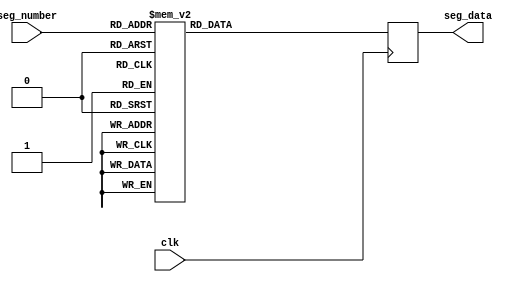
module seven_seg(clk, seg_number, seg_data);
input  clk;
input  [3:0]seg_number;
output reg [7:0]seg_data;

always@(posedge clk) 
begin  
	case(seg_number)
		4'd0:seg_data <= 8'b1100_0000;
		4'd1:seg_data <= 8'b1111_1001;
		4'd2:seg_data <= 8'b1010_0100;
		4'd3:seg_data <= 8'b1011_0000;
		4'd4:seg_data <= 8'b1001_1001;
		4'd5:seg_data <= 8'b1001_0010;
		4'd6:seg_data <= 8'b1000_0010;
		4'd7:seg_data <= 8'b1101_1000;
		4'd8:seg_data <= 8'b1000_0000;
		4'd9:seg_data <= 8'b1001_0000;
		4'd10:seg_data <= 8'b1111_1111;
		4'd11:seg_data <= 8'b1010_1011; // n
		4'd12:seg_data <= 8'b1000_0110; // e
		4'd13:seg_data <= 8'b1000_1100; // p
		4'd14:seg_data <= 8'b1010_0011; // o
		4'd15:seg_data <= 8'b1111_1111;
		default: seg_data <= seg_data;
	endcase
end

endmodule